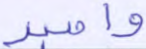
واصبر